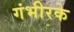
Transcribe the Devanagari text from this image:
गंभीरके